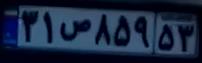
۳۱ص۸۵۹۵۳